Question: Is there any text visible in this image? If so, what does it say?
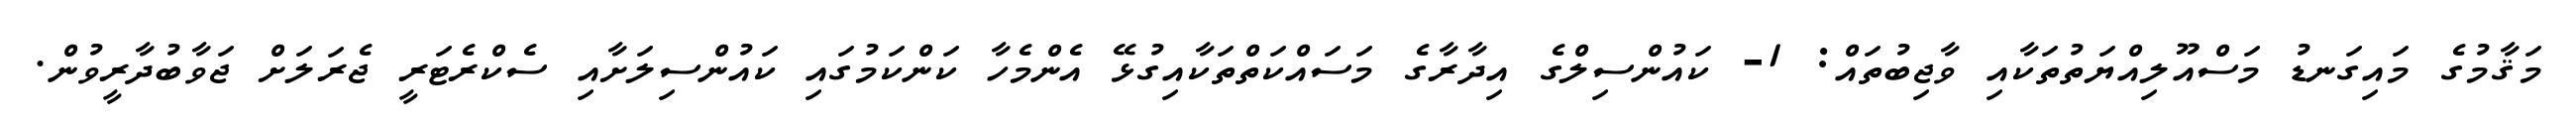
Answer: މަޤާމުގެ މައިގަނޑު މަސްއޫލިއްޔަތުތަކާއި ވާޖިބުތައް: 1- ކައުންސިލްގެ އިދާރާގެ މަސައްކަތްތަކާއިގުޅޭ އެންމެހާ ކަންކަމުގައި ކައުންސިލަށާއި ސެކްރެޓަރީ ޖެރަލަށް ޖަވާބުދާރީވުން.